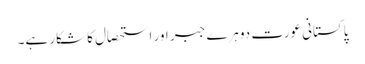
پاکستانی عورت دوہرے جبر اور استحصال کا شکار ہے۔